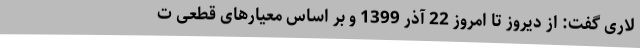
لاری گفت: از دیروز تا امروز 22 آذر 1399 و بر اساس معیارهای قطعی ت